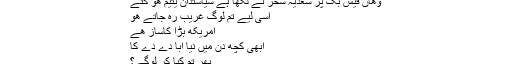
وهاں فیس بک پر سعدیہ سحر نے لکھا ہے سیاستدان یتیم هو گئے
اسی لیے تم لوگ غریب رہ جاتے هو
امریکه بڑا کاساز هے
ابھی کچھ دن میں نیا ابّا دے دے کا
پھر تم کیا کر لوگے؟